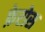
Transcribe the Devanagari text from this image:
फ़ेरोस